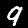
Label: 9